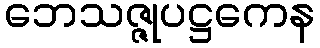
ဘေသဇ္ဇုပဋ္ဌကေန